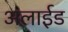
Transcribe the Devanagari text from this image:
अलाईड